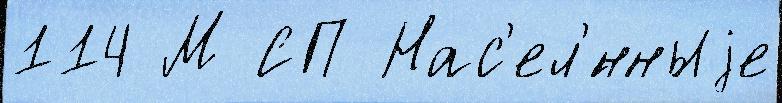
114 М СП Нас'ел'́нныjе